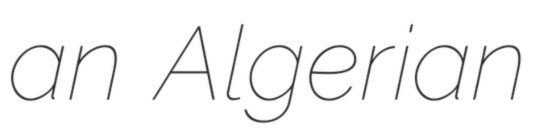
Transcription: an Algerian